65_HS1-834228961_62-HQ-83894_Section_2
Agency: FBI
Page 141
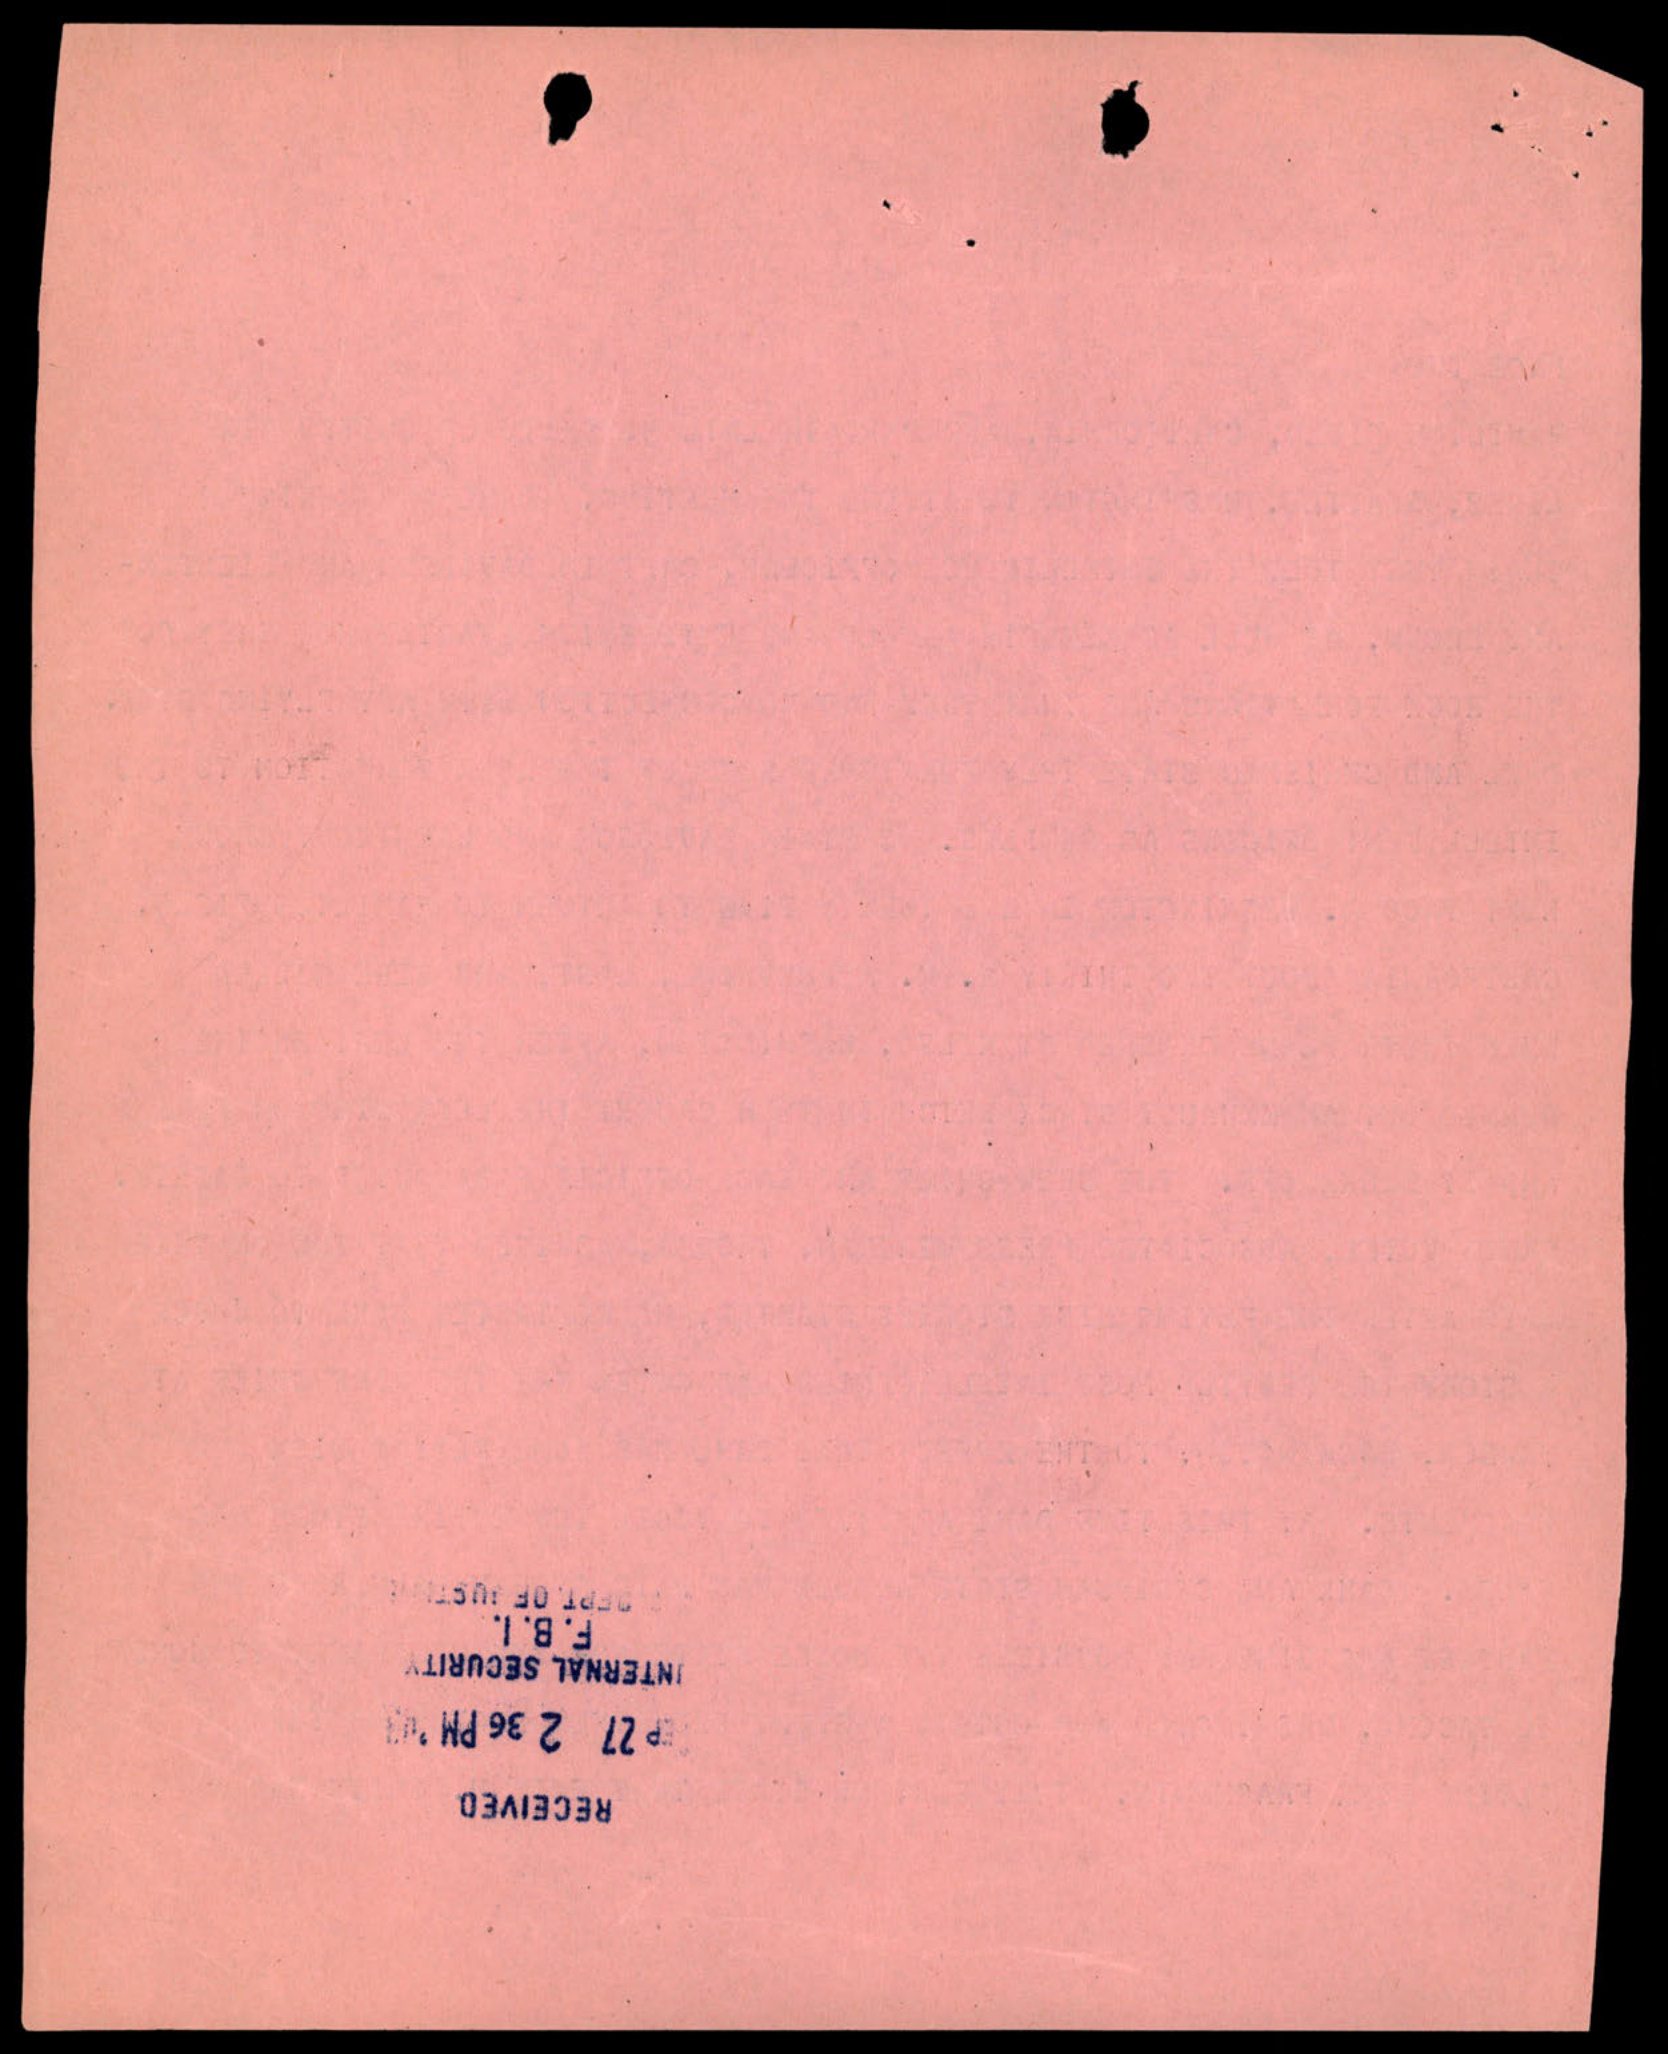